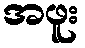
အဖူး